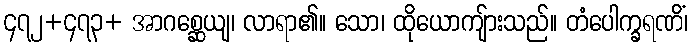
၄၇၂+၄၇၃+ အာဂစ္ဆေယျ၊ လာရာ၏။ သော၊ ထိုယောကျ်ားသည်။ တံပေါက္ခရဏိံ၊